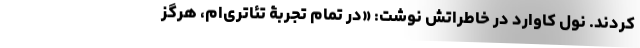
کردند. نول کاوارد در خاطراتش نوشت: «در تمام تجربۀ تئاتری‌ام، هرگز